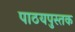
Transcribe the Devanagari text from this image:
पाठयपुस्तक